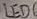
Text: LED6